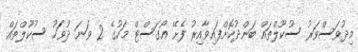
މިދުވަސްވަރު ސުކޫލްތައް ބަންދުކޮށްފައިވާއިރު ފެށޭ އޯގަސްޓް މަހުގެ 2 ވަނަ ދުވަހު ސުކޫލްތައް